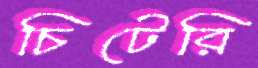
চিটেরি